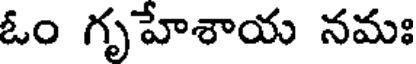
ఓం గృహేశాయ నమః